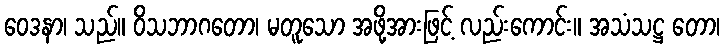
ဝေဒနာ၊ သည်။ ဝိသဘာဂတော၊ မတူသော အဖို့အားဖြင့် လည်းကောင်း။ အသံသဋ္ဌ တော၊